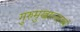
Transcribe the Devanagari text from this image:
गुरुमुखाल्लब्धं